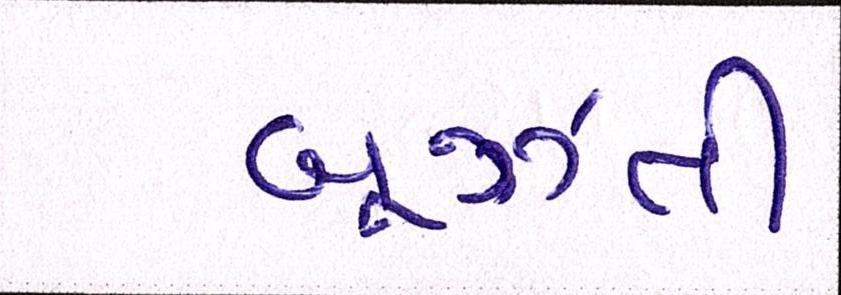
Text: બૂઝતી